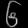
Digit: ၆